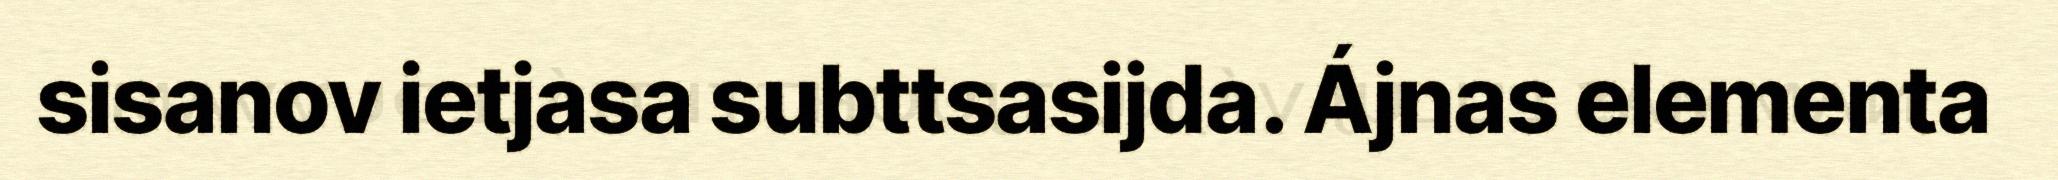
sisanov ietjasa subttsasijda. Ájnas elementa